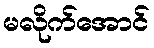
မလိုက်အောင်